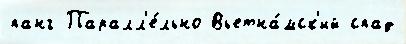
панг Паралл'е́льно Вьетна́мск'ий спад